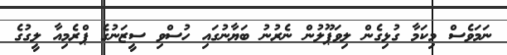
ނަމަވެސް މިކަމާ ގުޅިގެން ލިވަޕޫލުން ނެރުނު ބަޔާނުގައި ހުސްވި ސީޒަނުގެ ޕްރެމިއާ ލީގުގެ